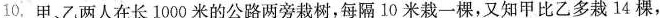
10.甲、乙两人在长1000米的公路两旁栽树，每隔10米栽一棵，又知甲比乙多栽14棵，